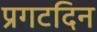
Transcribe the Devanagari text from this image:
प्रगटदिन